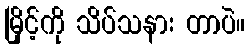
မြိုင့်ကို သိပ်သနား တာပဲ။